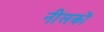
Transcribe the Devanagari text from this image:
नीलकों